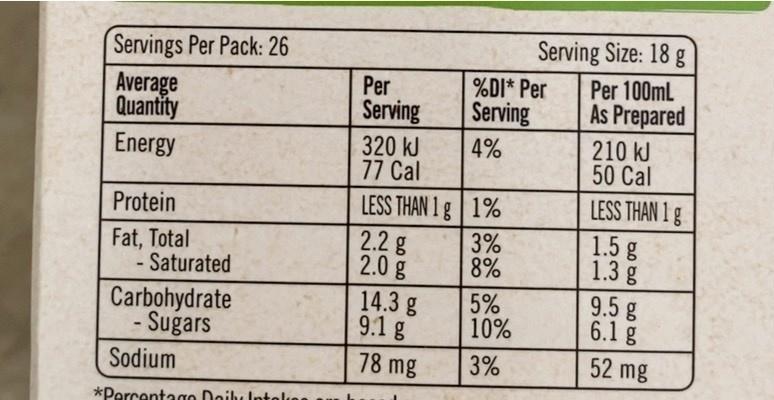
Serving Size: 18 g
Servings Per Pack: 26
Per
%DI* Per
Per 100ml
Average Quantity Energy
Serving
Serving
As Prepared
210 kJ 50 Cal
4%
320 kJ 77 Cal
LESS THAN 1g 1% 2.2 g 2.0 g 14.3 g 9.1 g
LESS THAN 1 g 1.5 g 1.3 g
Protein
Fat, Total - Saturated
3% 8%
Carbohydrate - Sugars
5% 10%
9.5g 6.1 g
Sodium
78 mg
3%
52 mg
*Percentago Doilul